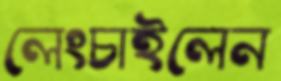
লেংচাইলেন